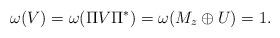
LaTeX: \begin{align*} \omega(V) = \omega(\Pi V \Pi^*) = \omega(M_z \oplus U) = 1.\end{align*}